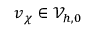
\boldsymbol { v } _ { \boldsymbol { \chi } } \in \mathcal { V } _ { h , 0 }